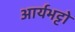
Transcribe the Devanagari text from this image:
आर्यभट्टो